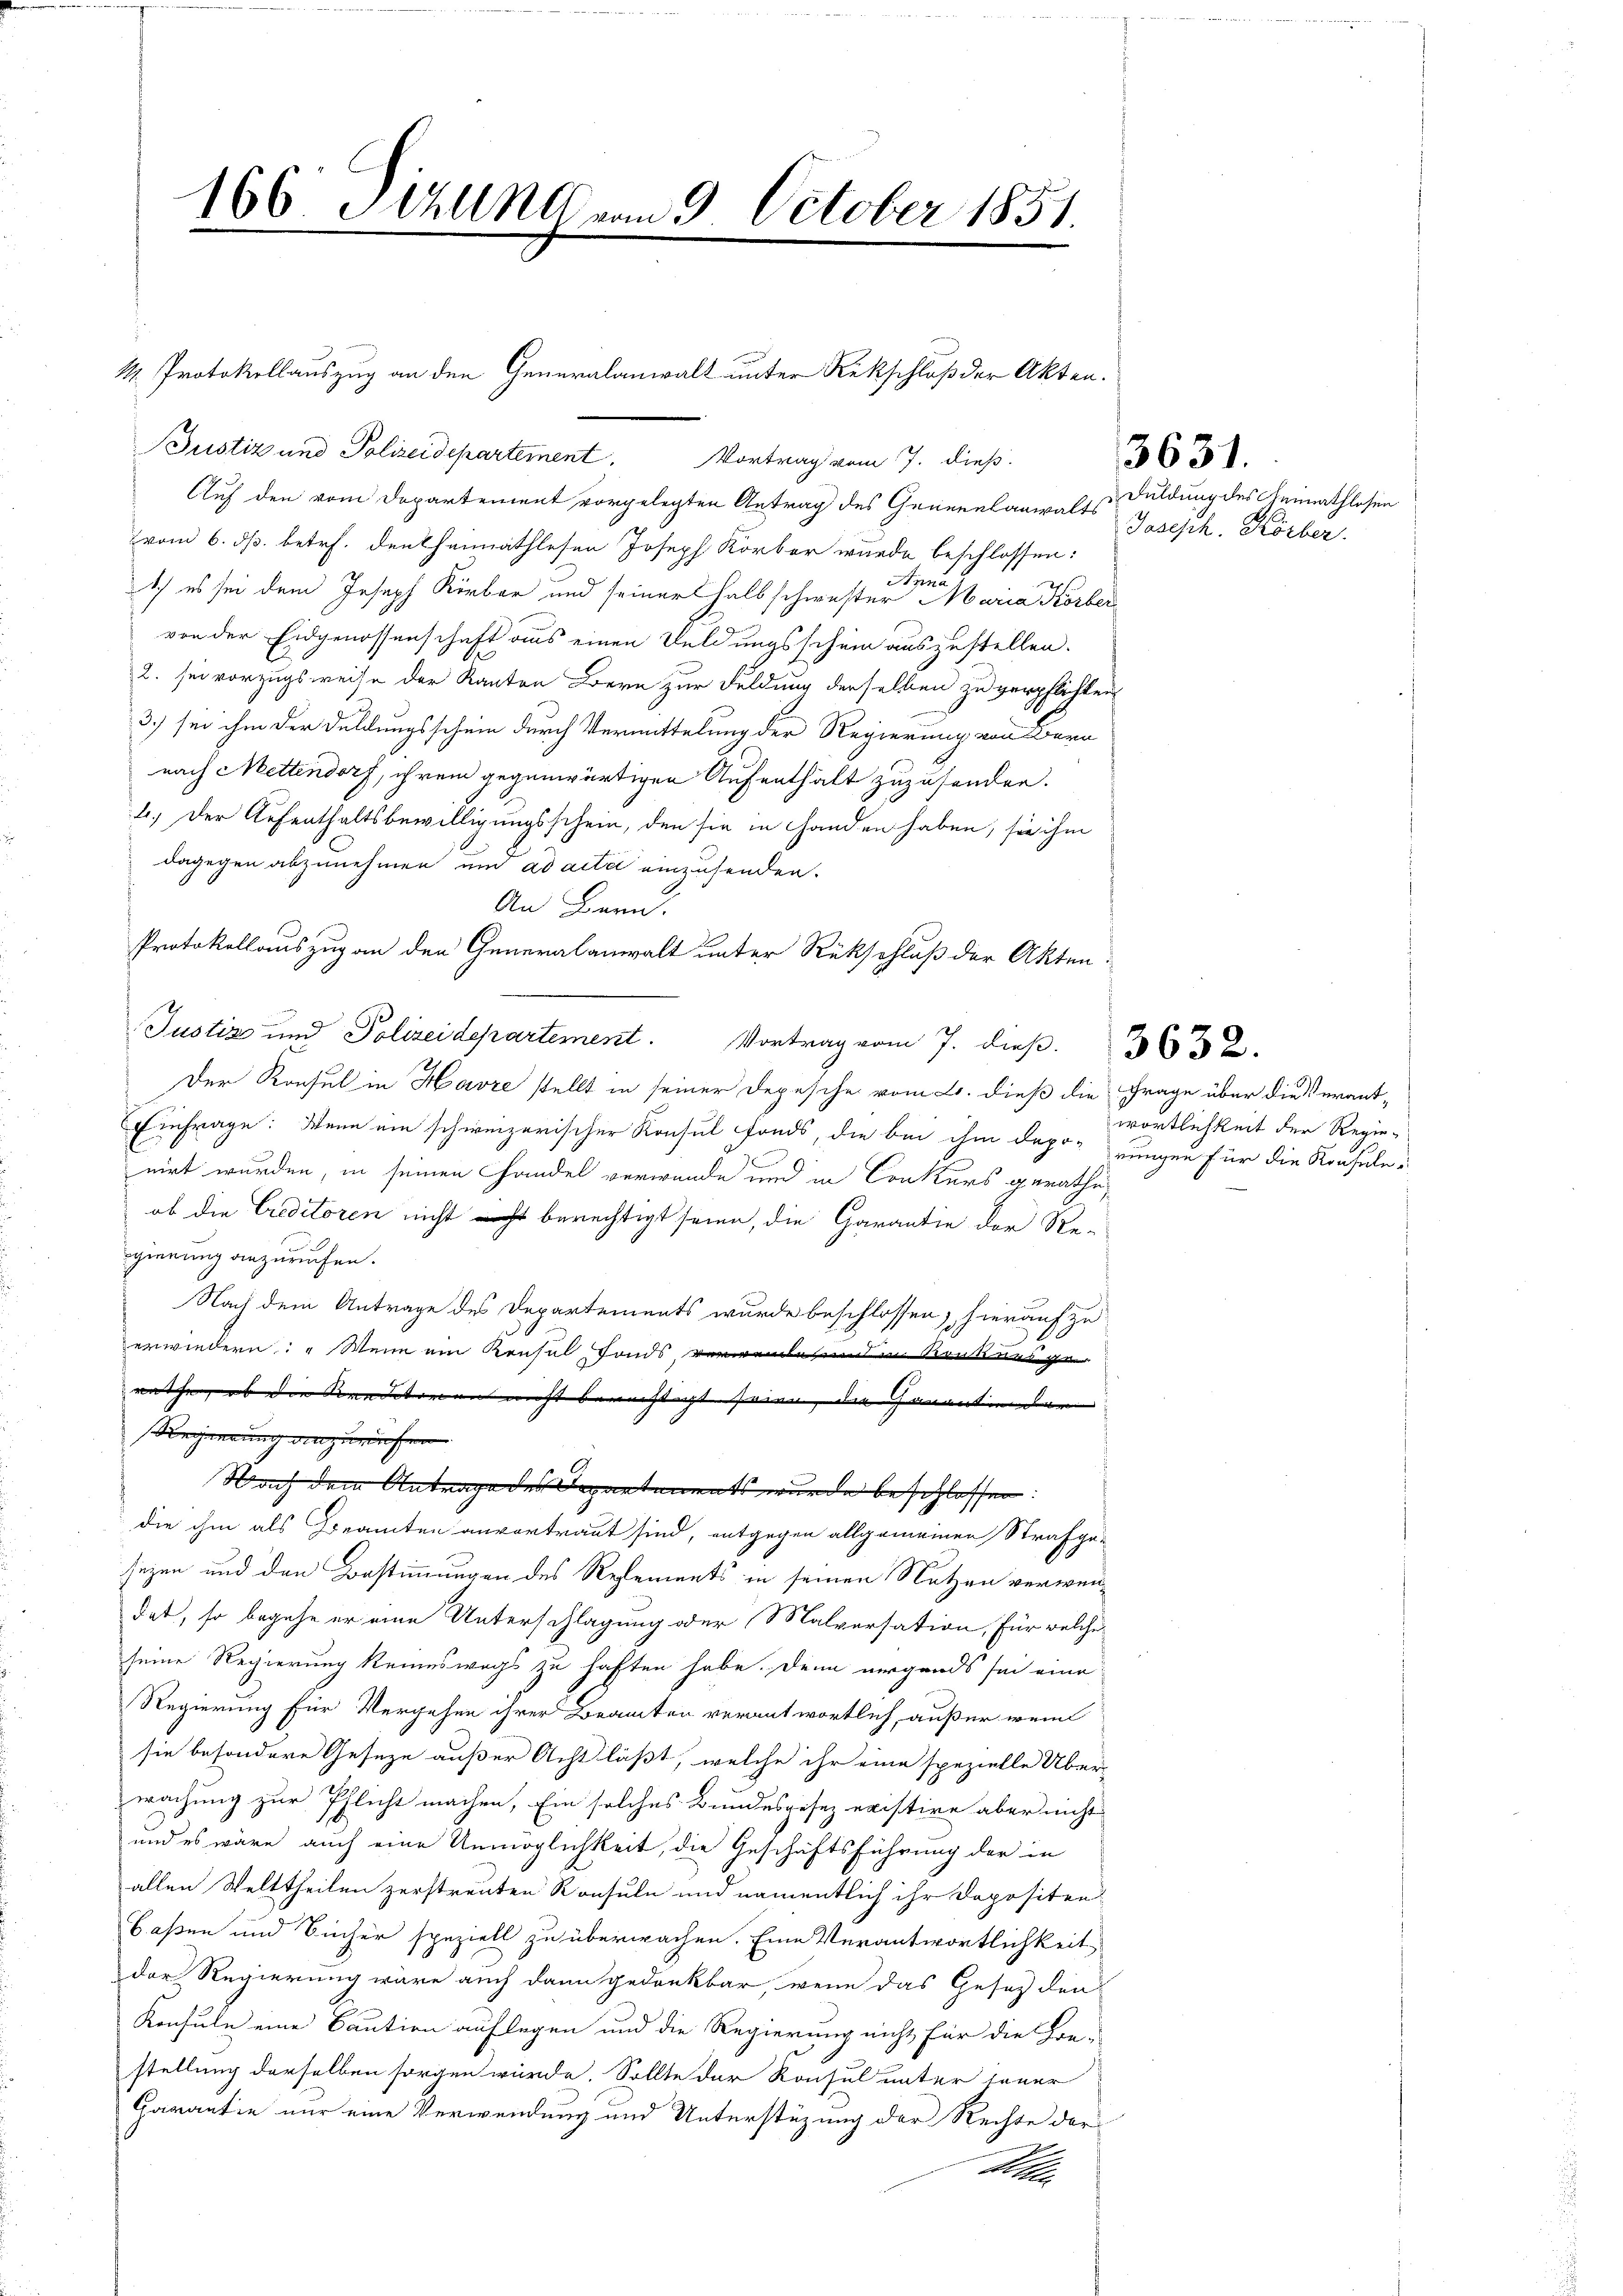
166 Tizung vom 9. October 1851.

1. Protokollauszug an den Generalanwalt unter Rekschluß der Akten.
Bustiz und Polizeidepartement. Vortrag vom 7. dieß.
Auf den vom Departement vorgelegten Antrag des Generalanwalts Fuldung des Heimathlosen
vom 6. ds. betr. den heimathlesen Joseph Korber wurde beschlossen:
Ich es sei dem Joseph Kirbar und seiner halb schwester der Maria Körber
von der Eidgenossenschaft aus einen Feldungsschein auszustellen.
2. sei vorzugsweise der Kanton Bern zur Feldung derselben zu verpflichten
3.) sei ihm der Feldungsschein durch Vermittelung der Regierung von Bern
nach Mettendorf, ihrem gegenwärtigen Aufenthalt zuzusenden.
2.) Der Aufenthaltsbewilligungsschein, den sie in Handen haben, sie ihm
dagegen abzunehmen und ad acti einzusenden.
An Bern.
Protokollauszug an den Generalanwalt unter Rückschluß der Akten.
Justiz und Polizeidepartement. Vortrag vom 7. dieß. 332
Der Konsul in Havre stellt in seiner Depesche vom 2. dieß die Frage über die Verant¬
Einfrage: Wenn ein schweizerischer Konsul fonds, die bei ihm dapo-rungen für die Konsulenirt wurden, in seinen Handel verwunde und in Conkurs gerathe,
ob die Creditoren nicht ist berechtigt seien, die Garantie der Re-
gierung anzurufen.
Nach dem Antrage des Departements wurde beschlossen, hierauf zu
erwiedern: „Wenn ein Konsul fonds verwendet und in Konkurs er
rathe, ob die Renditoren nicht bewächtigt seien, die Havantienten |
Regierung anzurufen.
Nach dem Antrage des Separtements wurde beschlossen:
die ihm als Beamten anvortraut sind, entgegen allgemeinen Strafgesezen und den Bestimmungen des Relements in seinen Nutzen verwendat, so begehe er eine Unterschlagung oder Malversation, für welcher
seine Regierung keineswegs zu haften habe. Denn nirgends sei eine
Regierung für Vergehen ihrer Beamten verantwortlich, außer wei
sie besondere Geseze außer Acht läßt, welche ihr eine spezielle Über-
wachung zur Pflicht machen, Ein solches Bundesgesezeristire aber nicht
und es wäre auch eine Unmöglichkeit, die Geschäftsführung der in
allen Welttheilen zerstreuten Konsule und namentlich ihr Dopositen
Baßen und Bücher speziell zu überwachen. Eine Verantwortlichkeit
der Regierung wäre auch dann gedenkbar, wenn das Gesetz den
Konsule eine Caution auflegen und die Regierung nicht für die Be-
stellung derselben sorgen würde. Sollte der Konsul unter jener
Garantie nur eine Verwendung und Unterstüzung der Rechte der
M

Joseph. Körber.

3631.

wörtlichkeit der Regie-